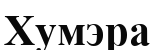
Хумэра